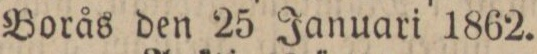
Borås den 25 Januari 1862.